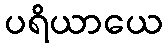
ပရိယာယေ